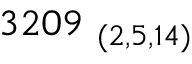
3 2 0 9 _ { \ ( 2 , 5 , 1 4 ) }